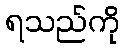
ရသည်ကို